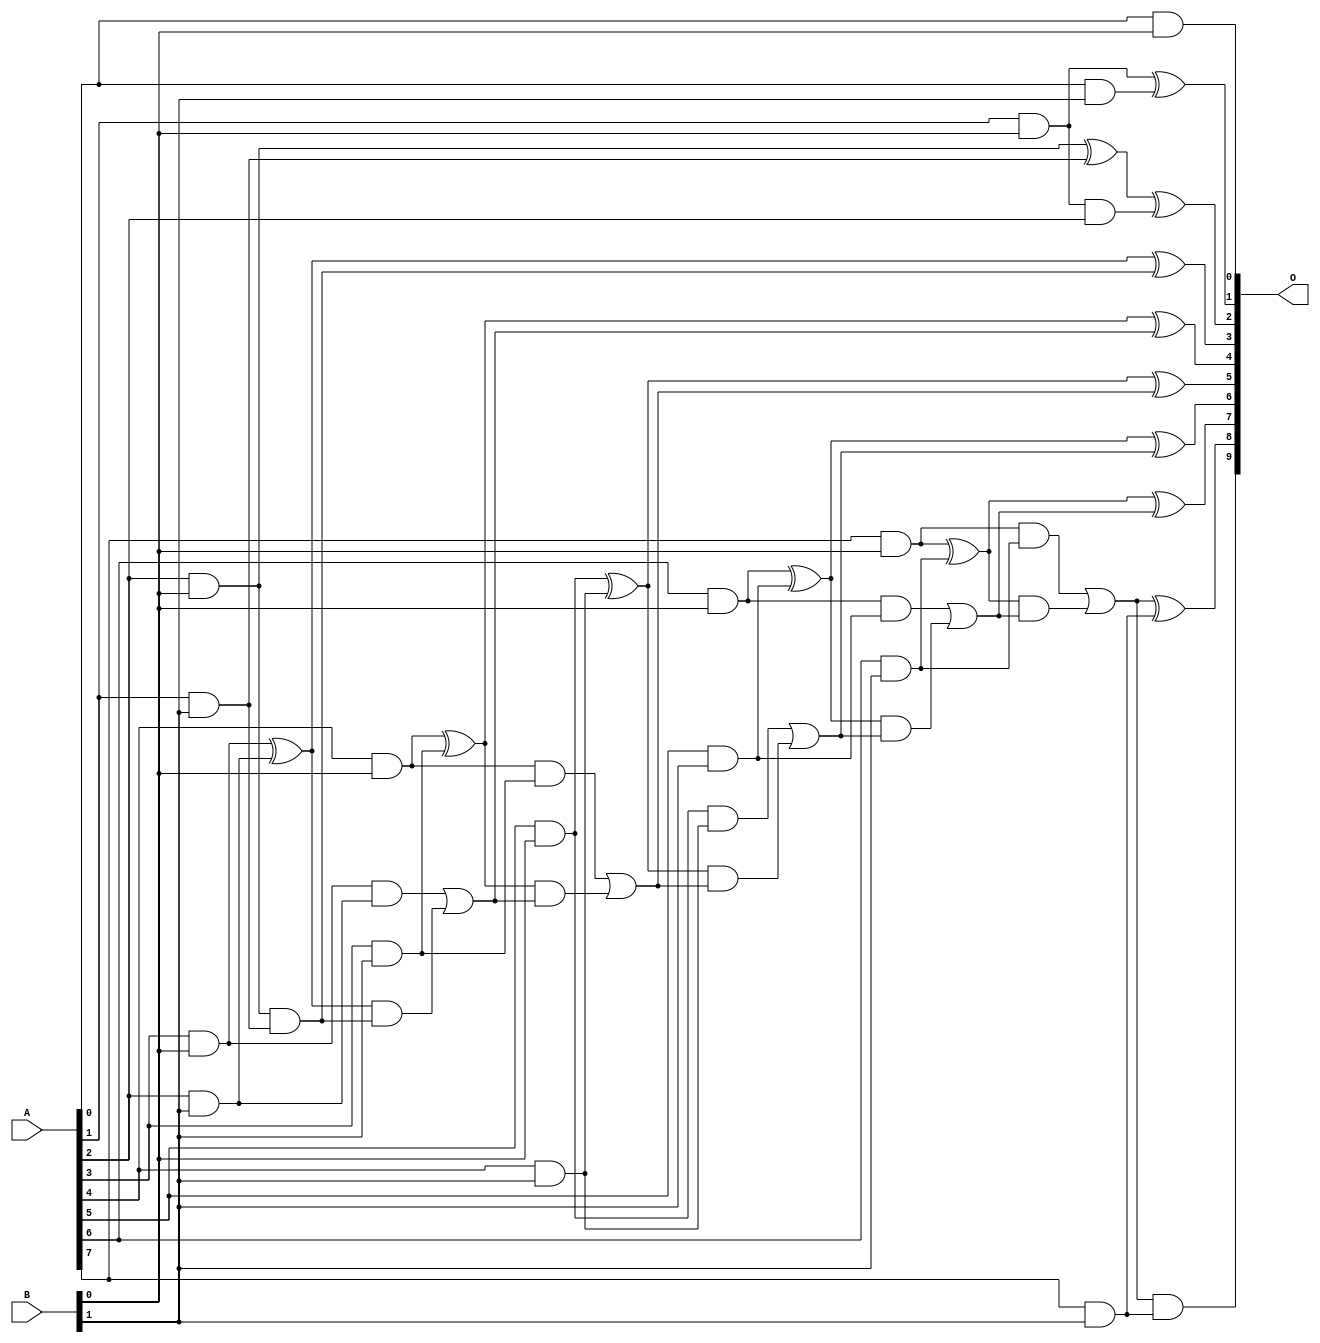
// This program was cloned from: https://github.com/ehw-fit/evoapproxlib
// License: MIT License

/***
* This code is a part of EvoApproxLib library (ehw.fit.vutbr.cz/approxlib) distributed under The MIT License.
* When used, please cite the following article(s): V. Mrazek, L. Sekanina, Z. Vasicek "Libraries of Approximate Circuits: Automated Design and Application in CNN Accelerators" IEEE Journal on Emerging and Selected Topics in Circuits and Systems, Vol 10, No 4, 2020 
* This file contains a circuit from a sub-set of pareto optimal circuits with respect to the pwr and ep parameters
***/
// MAE% = 0.049 %
// MAE = 0.5 
// WCE% = 0.39 %
// WCE = 4.0 
// WCRE% = 66.67 %
// EP% = 12.50 %
// MRE% = 0.81 %
// MSE = 2.0 
// PDK45_PWR = 0.030 mW
// PDK45_AREA = 112.2 um2
// PDK45_DELAY = 0.58 ns

module mul8x2u_166 (
    A,
    B,
    O
);

input [7:0] A;
input [1:0] B;
output [9:0] O;

wire sig_10,sig_11,sig_12,sig_13,sig_14,sig_15,sig_16,sig_17,sig_18,sig_19,sig_20,sig_21,sig_22,sig_23,sig_24,sig_25,sig_26,sig_27,sig_28,sig_29;
wire sig_31,sig_33,sig_34,sig_35,sig_36,sig_37,sig_38,sig_39,sig_40,sig_41,sig_42,sig_43,sig_44,sig_45,sig_46,sig_47,sig_48,sig_49,sig_50,sig_51;
wire sig_52,sig_53,sig_54,sig_55,sig_56,sig_57,sig_58,sig_59;

assign sig_10 = A[0] & B[0];
assign sig_11 = A[1] & B[0];
assign sig_12 = A[2] & B[0];
assign sig_13 = A[3] & B[0];
assign sig_14 = A[4] & B[0];
assign sig_15 = A[5] & B[0];
assign sig_16 = A[6] & B[0];
assign sig_17 = A[7] & B[0];
assign sig_18 = A[0] & B[1];
assign sig_19 = A[1] & B[1];
assign sig_20 = A[2] & B[1];
assign sig_21 = A[3] & B[1];
assign sig_22 = A[4] & B[1];
assign sig_23 = A[5] & B[1];
assign sig_24 = A[6] & B[1];
assign sig_25 = A[7] & B[1];
assign sig_26 = sig_11 & A[2];
assign sig_27 = sig_11 ^ sig_18;
assign sig_28 = sig_12 ^ sig_19;
assign sig_29 = sig_12 & sig_19;
assign sig_31 = sig_28 ^ sig_26;
assign sig_33 = sig_13 ^ sig_20;
assign sig_34 = sig_13 & sig_20;
assign sig_35 = sig_33 & sig_29;
assign sig_36 = sig_33 ^ sig_29;
assign sig_37 = sig_34 | sig_35;
assign sig_38 = sig_14 ^ sig_21;
assign sig_39 = sig_14 & sig_21;
assign sig_40 = sig_38 & sig_37;
assign sig_41 = sig_38 ^ sig_37;
assign sig_42 = sig_39 | sig_40;
assign sig_43 = sig_15 ^ sig_22;
assign sig_44 = sig_15 & sig_22;
assign sig_45 = sig_43 & sig_42;
assign sig_46 = sig_43 ^ sig_42;
assign sig_47 = sig_44 | sig_45;
assign sig_48 = sig_16 ^ sig_23;
assign sig_49 = sig_16 & sig_23;
assign sig_50 = sig_48 & sig_47;
assign sig_51 = sig_48 ^ sig_47;
assign sig_52 = sig_49 | sig_50;
assign sig_53 = sig_17 ^ sig_24;
assign sig_54 = sig_17 & sig_24;
assign sig_55 = sig_53 & sig_52;
assign sig_56 = sig_53 ^ sig_52;
assign sig_57 = sig_54 | sig_55;
assign sig_58 = sig_57 & sig_25;
assign sig_59 = sig_57 ^ sig_25;

assign O[9] = sig_58;
assign O[8] = sig_59;
assign O[7] = sig_56;
assign O[6] = sig_51;
assign O[5] = sig_46;
assign O[4] = sig_41;
assign O[3] = sig_36;
assign O[2] = sig_31;
assign O[1] = sig_27;
assign O[0] = sig_10;

endmodule